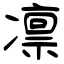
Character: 凛